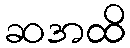
ဆအထိ